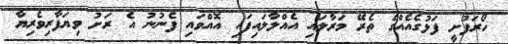
ހޯރަފުށީ ފަޅުގެއެއްގެ ތެރޭ މަރާލައި އެއްލާލައިފައި އޮއްވައި ފެނުނު އެ ރަށު ވިޔަފާރިވެރިޔާ